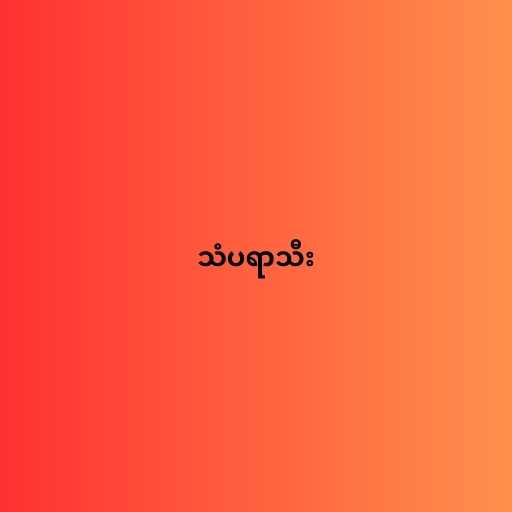
သံပရာသီး